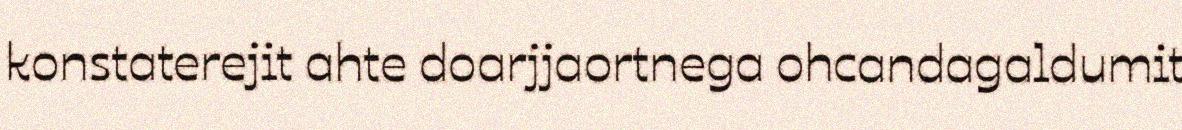
konstaterejit ahte doarjjaortnega ohcandagaldumit